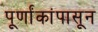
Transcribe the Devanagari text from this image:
पूर्णांकांपासून